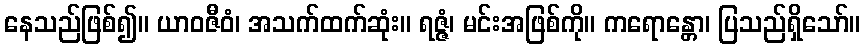
နေသည်ဖြစ်၍။ ယာဝဇီဝံ၊ အသက်ထက်ဆုံး။ ရဇ္ဇံ၊ မင်းအဖြစ်ကို။ ကရောန္တော၊ ပြသည်ရှိသော်။